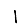
Digit: 1